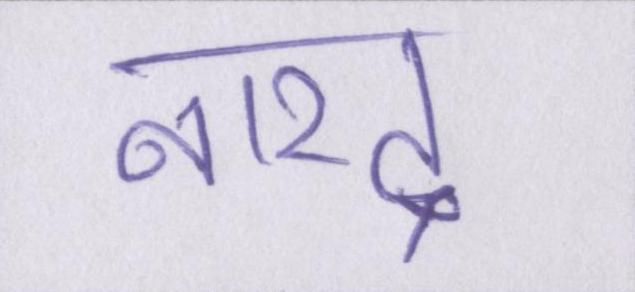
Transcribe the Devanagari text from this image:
नारद